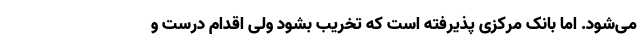
می‌شود. اما بانک مرکزی پذیرفته است که تخریب بشود ولی اقدام درست و